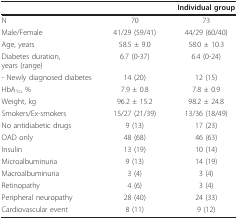
<table><thead><tr><td>[EMPTY_CELL]</td><td>[EMPTY_CELL]</td><td><b>Individual group</b></td></tr></thead><tbody><tr><td>N</td><td>70</td><td>73</td></tr><tr><td>Male/Female</td><td>41/29 (59/41)</td><td>44/29 (60/40)</td></tr><tr><td>Age, years</td><td>58.5 ± 9.0</td><td>58.0 ± 10.3</td></tr><tr><td>Diabetes duration,years (range)</td><td>6.7 (0-37)</td><td>6.4 (0-24)</td></tr><tr><td>- Newly diagnosed diabetes</td><td>14 (20)</td><td>12 (15)</td></tr><tr><td>HbA<sub>1c</sub>, %</td><td>7.9 ± 0.8</td><td>7.8 ± 0.9</td></tr><tr><td>Weight, kg</td><td>96.2 ± 15.2</td><td>98.2 ± 24.8</td></tr><tr><td>Smokers/Ex-smokers</td><td>15/27 (21/39)</td><td>13/36 (18/49)</td></tr><tr><td>No antidiabetic drugs</td><td>9 (13)</td><td>17 (23)</td></tr><tr><td>OAD only</td><td>48 (68)</td><td>46 (63)</td></tr><tr><td>Insulin</td><td>13 (19)</td><td>10 (14)</td></tr><tr><td>Microalbuminuria</td><td>9 (13)</td><td>14 (19)</td></tr><tr><td>Macroalbuminuria</td><td>3 (4)</td><td>3 (4)</td></tr><tr><td>Retinopathy</td><td>4 (6)</td><td>3 (4)</td></tr><tr><td>Peripheral neuropathy</td><td>28 (40)</td><td>24 (33)</td></tr><tr><td>Cardiovascular event</td><td>8 (11)</td><td>9 (12)</td></tr></tbody></table>